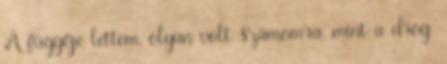
A függője lettem, olyan volt számomra, mint a drog.